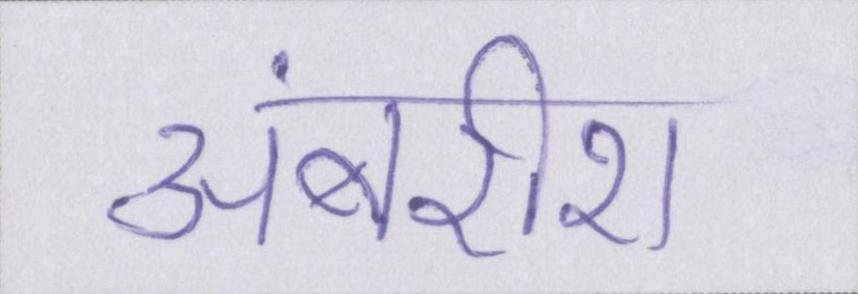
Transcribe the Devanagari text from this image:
अंबरीश